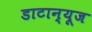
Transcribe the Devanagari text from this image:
डाटान्यूज